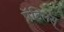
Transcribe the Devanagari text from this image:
ऍंटिलस्‌